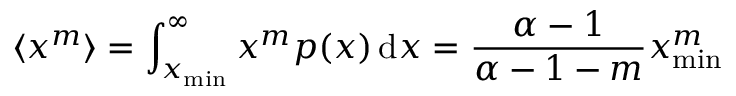
\langle x ^ { m } \rangle = \int _ { x _ { \operatorname* { m i n } } } ^ { \infty } x ^ { m } p ( x ) \, \mathrm { d } x = { \frac { \alpha - 1 } { \alpha - 1 - m } } x _ { \operatorname* { m i n } } ^ { m }